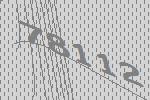
78112